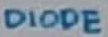
Text: DIODE